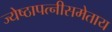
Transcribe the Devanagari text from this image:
ज्येष्ठापत्नीसमेताय